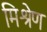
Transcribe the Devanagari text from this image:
मिश्रेण